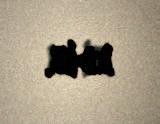
edib.